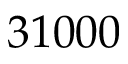
3 1 0 0 0